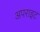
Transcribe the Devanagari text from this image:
अपराइट